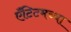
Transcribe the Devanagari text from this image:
ऍंटिटमच्या